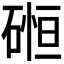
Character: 𮀲